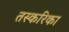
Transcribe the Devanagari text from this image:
तस्करिका